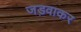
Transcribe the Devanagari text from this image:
जड़वाकर